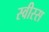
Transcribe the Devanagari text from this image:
स्वीस्स